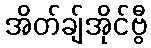
အိတ်ချ်အိုင်ဗွီ